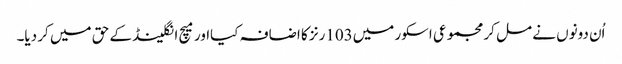
اُن دونوں نے مل کر مجموعی اسکور میں103رنز کا اضافہ کیااور میچ انگلینڈ کے حق میں کر دیا۔